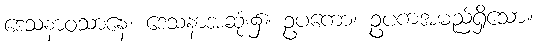
ဒေသနာဝသာနေ၊ ဒေသနာအဆုံး၌။ ဥပကော၊ ဥပကအမည်ရှိသော။